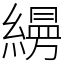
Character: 𦄡